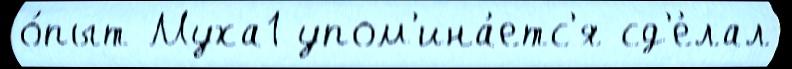
о́пыт Муха1 упом'ина́етс'я сд'е́лал